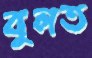
বুলত